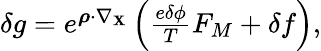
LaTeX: \begin{array}{r}{\delta g=e^{\boldsymbol{\rho}\cdot\nabla_{\mathbf{X}}}\left(\frac{e\delta\phi}{T}F_{M}+\delta f\right),}\end{array}